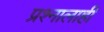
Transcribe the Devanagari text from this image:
प्रश्नालाही